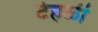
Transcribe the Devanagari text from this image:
टेहळी